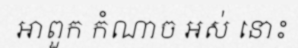
អាពួក កំណាច អស់ នោះ